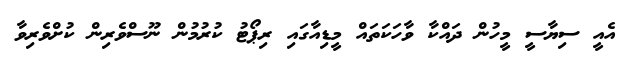
އެއީ ސިޔާސީ މީހުން ދައްކާ ވާހަކަތައް މީޑިއާގައި ރިޕޯޓު ކުރުމުން ނޫސްވެރިން ކުށްވެރިވާ